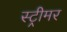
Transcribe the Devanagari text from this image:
स्ट्रीमर